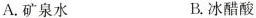
A.矿泉水 B.冰醋酸